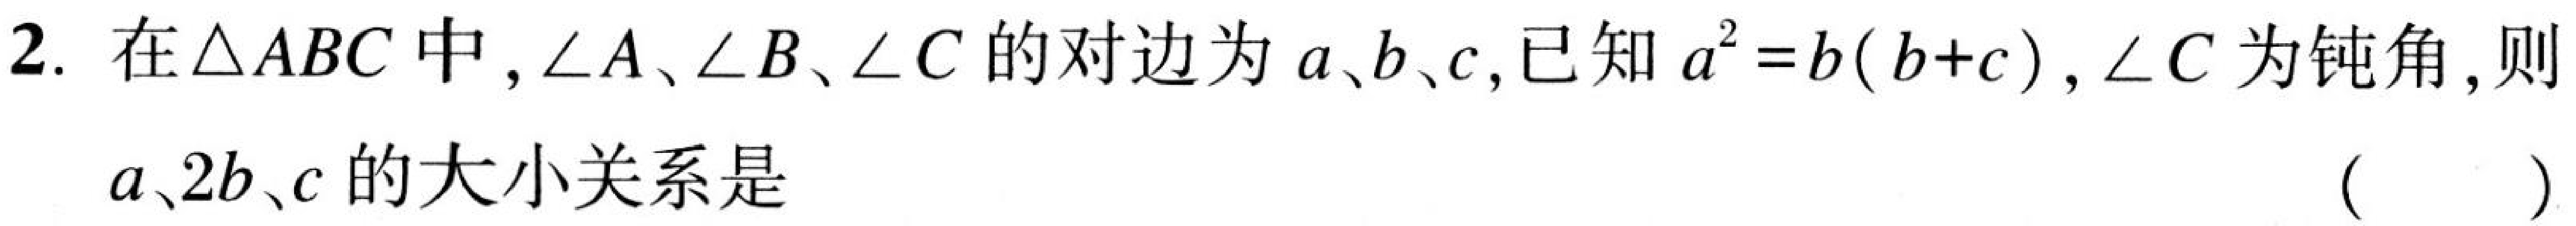
2. 在\(\triangle ABC\)中，\(\angle A、\angle B、\angle C\)的对边为\(a、b、c\)，已知\(a^{2}=b(b + c)\)，\(\angle C\)为钝角，则

\(a、2b、c\)的大小关系是  (   )